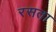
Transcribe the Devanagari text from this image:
रसता